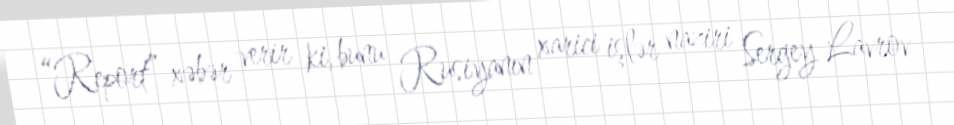
“Report” xəbər verir ki, bunu Rusiyanın xarici işlər naziri Sergey Lavrov